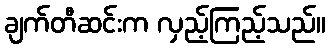
ချက်တီဆင်းက လှည့်ကြည့်သည်။